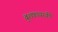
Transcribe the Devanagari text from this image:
बुशफायरकी